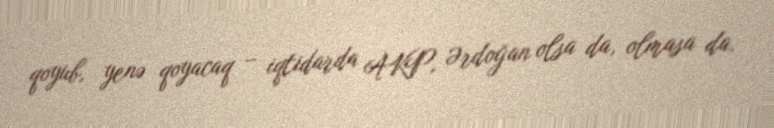
qoyub, yenə qoyacaq – iqtidarda AKP, Ərdoğan olsa da, olmasa da.